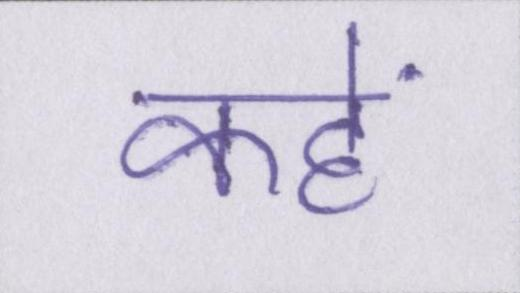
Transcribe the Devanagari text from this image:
कहें